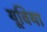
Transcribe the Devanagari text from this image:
यूविया